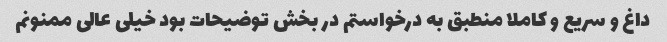
داغ و سریع و کاملا منطبق به درخواستم در بخش توضیحات بود خیلی عالی ممنونم